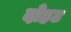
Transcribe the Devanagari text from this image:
दोहट